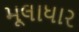
મૂલાધાર